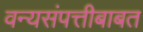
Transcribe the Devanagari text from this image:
वन्यसंपत्तीबाबत